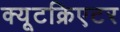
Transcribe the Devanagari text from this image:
क्यूटक्रिएटर